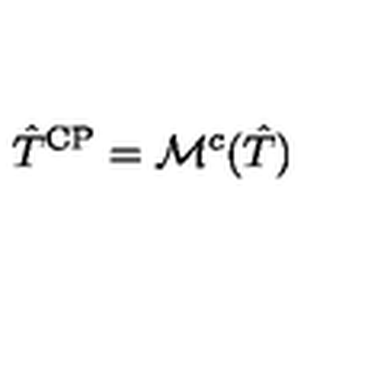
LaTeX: \hat { T } ^ { \mathrm { C P } } = \mathcal { M } ^ { c } ( \hat { T } )